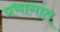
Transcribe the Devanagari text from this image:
प्रभागांत